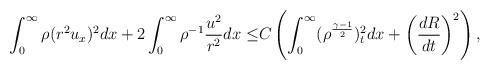
\begin{align*}\begin{aligned}\int_0^\infty\rho(r^2u_x)^2dx+2\int_0^\infty\rho^{-1}\frac{u^2}{r^2}dx\leq& C\left(\int_0^\infty(\rho^\frac{\gamma-1}{2})_t^2dx+\left(\frac{dR}{dt}\right)^2\right),\end{aligned}\end{align*}